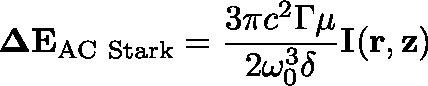
\mathbf { \Delta E } _ { \mathrm { A C ~ S t a r k } } = { \frac { 3 \pi c ^ { 2 } \Gamma \mu } { 2 \omega _ { 0 } ^ { 3 } \delta } } \mathbf { I ( r , z ) }